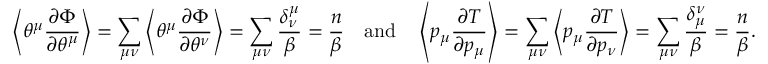
\left\langle \theta ^ { \mu } \frac { \partial \Phi } { \partial \theta ^ { \mu } } \right\rangle = \sum _ { \mu \nu } \left\langle \theta ^ { \mu } \frac { \partial \Phi } { \partial \theta ^ { \nu } } \right\rangle = \sum _ { \mu \nu } \frac { \delta _ { \nu } ^ { \mu } } { \beta } = \frac { n } { \beta } \quad \mathrm { a n d } \quad \left\langle p _ { \mu } \frac { \partial T } { \partial p _ { \mu } } \right\rangle = \sum _ { \mu \nu } \left\langle p _ { \mu } \frac { \partial T } { \partial p _ { \nu } } \right\rangle = \sum _ { \mu \nu } \frac { \delta _ { \mu } ^ { \nu } } { \beta } = \frac { n } { \beta } .